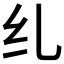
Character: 𫄙